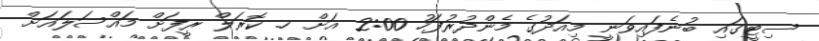
ސިޓީގައި ބުނެފައިވަނީ މިއަދުގެ މެންދުރުފަހު 2:00 އަށް ހ. ކޮރަލް ރީފަށް މައްސަލައަށް